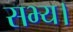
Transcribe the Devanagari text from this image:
सभ्य।